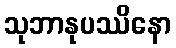
သုဘာနုပဿိနော